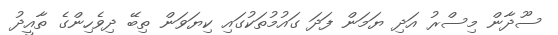
ސޫދާން މިސްރު އަދި ޔަމަން ފަދަ ގައުމުތަކުގައި ކިޔަވަން ތިބޭ ދިވެހިންގެ ތާއީދު